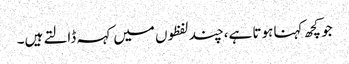
جو کچھ کہنا ہوتا ہے،چند لفظوں میں کہہ ڈالتے ہیں۔